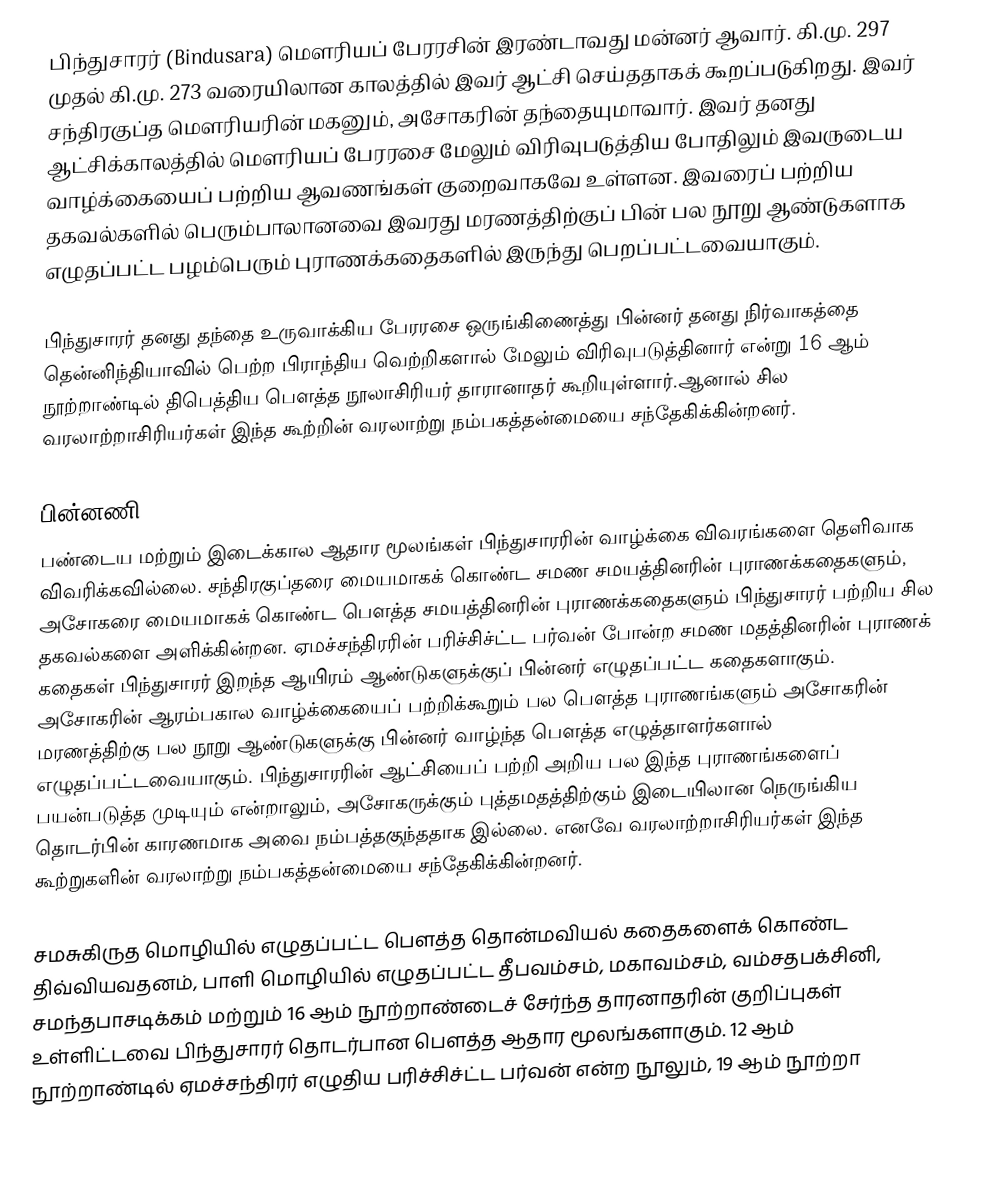
பிந்துசாரர் (Bindusara) மௌரியப் பேரரசின் இரண்டாவது மன்னர் ஆவார். கி.மு. 297 முதல் கி.மு. 273 வரையிலான காலத்தில் இவர் ஆட்சி செய்ததாகக் கூறப்படுகிறது. இவர் சந்திரகுப்த மௌரியரின் மகனும், அசோகரின் தந்தையுமாவார். இவர் தனது ஆட்சிக்காலத்தில் மௌரியப் பேரரசை மேலும் விரிவுபடுத்திய போதிலும் இவருடைய வாழ்க்கையைப் பற்றிய ஆவணங்கள் குறைவாகவே உள்ளன. இவரைப் பற்றிய தகவல்களில் பெரும்பாலானவை இவரது மரணத்திற்குப் பின் பல நூறு ஆண்டுகளாக எழுதப்பட்ட பழம்பெரும் புராணக்கதைகளில் இருந்து பெறப்பட்டவையாகும்.

பிந்துசாரர் தனது தந்தை உருவாக்கிய பேரரசை ஒருங்கிணைத்து பின்னர் தனது நிர்வாகத்தை தென்னிந்தியாவில் பெற்ற பிராந்திய வெற்றிகளால் மேலும் விரிவுபடுத்தினார் என்று 16 ஆம் நூற்றாண்டில் திபெத்திய பௌத்த நூலாசிரியர் தாரானாதர் கூறியுள்ளார்.ஆனால் சில வரலாற்றாசிரியர்கள் இந்த கூற்றின் வரலாற்று நம்பகத்தன்மையை சந்தேகிக்கின்றனர்.

பின்னணி
பண்டைய மற்றும் இடைக்கால ஆதார மூலங்கள் பிந்துசாரரின் வாழ்க்கை விவரங்களை தெளிவாக விவரிக்கவில்லை. சந்திரகுப்தரை மையமாகக் கொண்ட சமண சமயத்தினரின் புராணக்கதைகளும், அசோகரை மையமாகக் கொண்ட பௌத்த சமயத்தினரின் புராணக்கதைகளும் பிந்துசாரர் பற்றிய சில தகவல்களை அளிக்கின்றன. ஏமச்சந்திரரின் பரிச்சிச்ட்ட பர்வன் போன்ற சமண மதத்தினரின் புராணக் கதைகள் பிந்துசாரர் இறந்த ஆயிரம் ஆண்டுகளுக்குப் பின்னர் எழுதப்பட்ட கதைகளாகும். அசோகரின் ஆரம்பகால வாழ்க்கையைப் பற்றிக்கூறும் பல பௌத்த புராணங்களும் அசோகரின் மரணத்திற்கு பல நூறு ஆண்டுகளுக்கு பின்னர் வாழ்ந்த பௌத்த எழுத்தாளர்களால்  எழுதப்பட்டவையாகும். பிந்துசாரரின் ஆட்சியைப் பற்றி அறிய பல இந்த புராணங்களைப் பயன்படுத்த முடியும் என்றாலும், அசோகருக்கும் புத்தமதத்திற்கும் இடையிலான நெருங்கிய தொடர்பின் காரணமாக அவை நம்பத்தகுந்ததாக இல்லை. எனவே வரலாற்றாசிரியர்கள் இந்த கூற்றுகளின் வரலாற்று நம்பகத்தன்மையை சந்தேகிக்கின்றனர்.

சமசுகிருத மொழியில் எழுதப்பட்ட பௌத்த தொன்மவியல் கதைகளைக் கொண்ட திவ்வியவதனம், பாளி மொழியில் எழுதப்பட்ட தீபவம்சம், மகாவம்சம், வம்சதபக்சினி, சமந்தபாசடிக்கம் மற்றும் 16 ஆம் நூற்றாண்டைச் சேர்ந்த தாரனாதரின் குறிப்புகள் உள்ளிட்டவை பிந்துசாரர் தொடர்பான பௌத்த ஆதார மூலங்களாகும். 12 ஆம் நூற்றாண்டில் ஏமச்சந்திரர் எழுதிய பரிச்சிச்ட்ட பர்வன் என்ற நூலும், 19 ஆம் நூற்றா